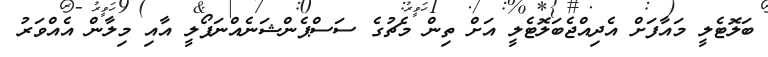
ބަލޮޓެލީ މައާފަށް އެދިއްޖެބަލޮޓެލީ އަށް ތިން މެޗުގެ ސަސްޕެންޝަނެއްނަޕޯލީ އާއި މިލާން އެއްވަރު